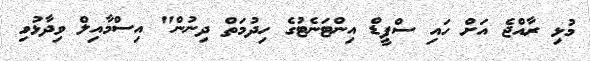
މުޅި ރާއްޖެ އަށް ހައި ސްޕީޑް އިންޓަނެޓުގެ ހިދުމަތް ދިނުން" އިސްމާއިލް ވިދާޅުވި